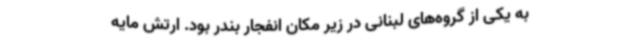
به یکی از گروه‌های لبنانی در زیر مکان انفجار بندر بود. ارتش مایه